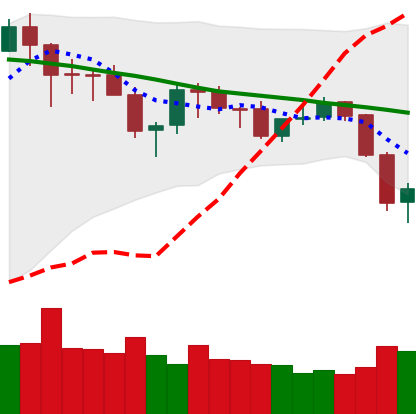
Ticker: ETH-USD
Chart end date: 2018-05-24
Forward return: -6.043%
Label: down_5_7